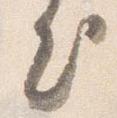
出